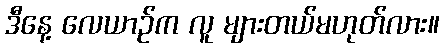
ဒီနေ့ လေယာဉ်က လူ များတယ်မဟုတ်လား။